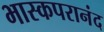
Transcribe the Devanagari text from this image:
भास्कपरानंद